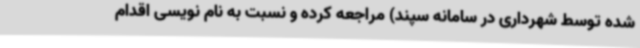
شده توسط شهرداری در سامانه سپند) مراجعه کرده و نسبت به نام نویسی اقدام